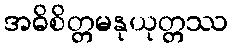
အဓိစိတ္တမနုယုတ္တဿ